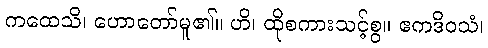
ကထေသိ၊ ဟောတော်မူ၏။ ဟိ၊ ထိုစကားသင့်စွ။ ဧကဒိဝသံ၊